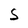
Character: S